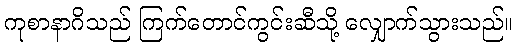
ကုစာနာဂိသည် ကြက်တောင်ကွင်းဆီသို့ လျှောက်သွားသည်။